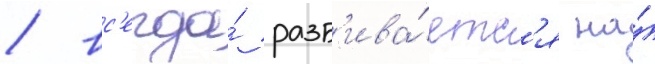
/ вс'егда́ разб'ива́етс'я на́